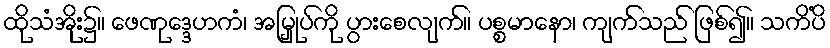
ထိုသံအိုး၌။ ဖေဏုဒ္ဒေဟကံ၊ အမြှုပ်ကို ပွားစေလျက်။ ပစ္စမာနော၊ ကျက်သည် ဖြစ်၍။ သကိံပိ